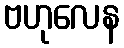
ဗဟုလေန